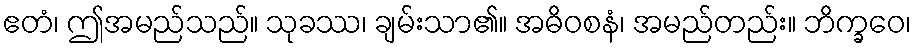
ဧတံ၊ ဤအမည်သည်။ သုခဿ၊ ချမ်းသာ၏။ အဓိဝစနံ၊ အမည်တည်း။ ဘိက္ခဝေ၊